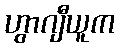
ဟွာဂျီယူက